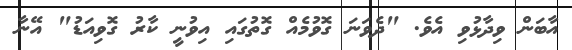
އާބަން ވިދާޅުވި އެވެ. "ދެވަނަ ގޮވުމެއް ގޮތުގައި އިވުނީ ކާރު ގޮވިއަޑު" އޭނާ